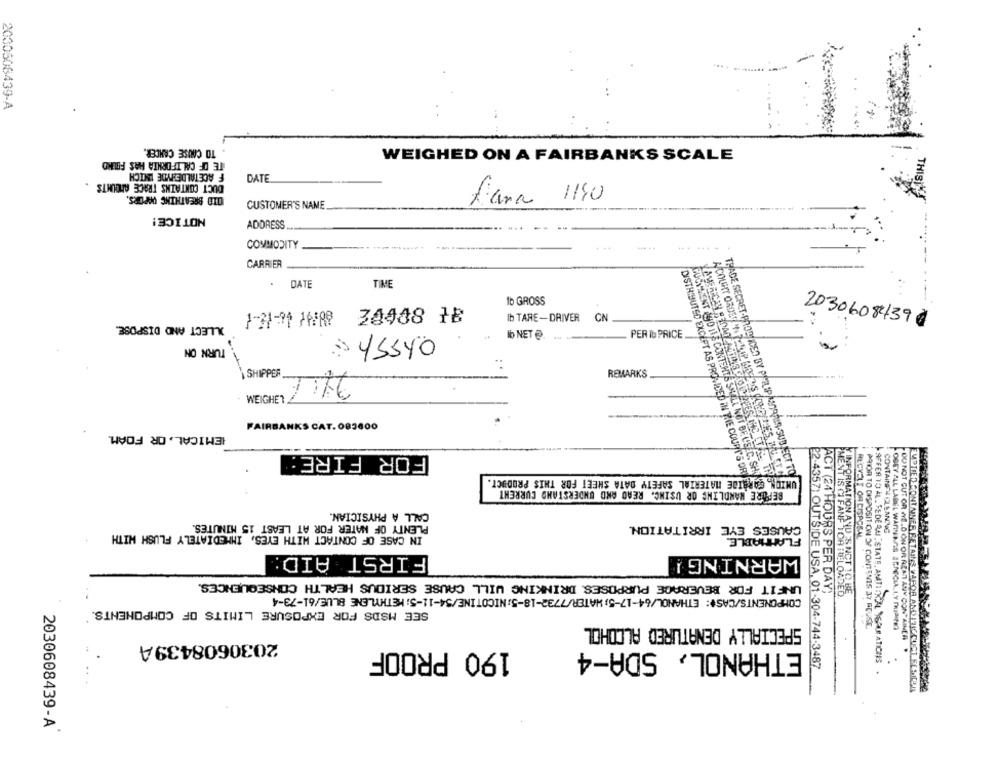
2030508439-A
TO CAUSE CANCER.
TE OF CALIFORNIA HAS FOUND
WEIGHED ON A FAIRBANKS SCALE
F ACETALDEHYDE TNICH
03/1
DUCT CONTAINS TRACE AMOUNTS
DATE
OTO BREATHING DAPORS.
THISIN
CUSTOMER'S NAME
fiana
NOTICE!
ADDRESS
COMMODITY
CARRIER
--
DATE
TIME
1b GROSS
ILLECT AND DISPOSE.
Ib TARE -DRIVER
CN
20306084390
Ib NET .
PER Ib PRICE
TURN ON
·YSSYO
2416
REMARKS
SHIPPER
WEIGHET
EMICAL, OR FOAM.
FAIRBANKS CAT.083600
FOR FIRE:
DISTRIBUTED EXCEPT AS PROVIDED IN THE COURT'S ORY
UNION CARBIDE MATERIAL SAFETY DATA SHEET FOR THIS PRODUCT.
TRADE SECRET-PRODUCED BY PMELIPALMORRIS-SUBJECT TO
FUCHSMENT AND ITS CONTENTS SHALL NOT BE USEC. SHOPS
BEFORE WANDLING OR USING, READ AND UNDERSTAND CURRENT
PRIOR TO DISE
CALL A PHYSICIAN.
PLENTY OF NATER FOR AT LEAST 15 MINUTES.
CAUSES EYE IRRITATION.
CONTAINEN CLEAN
ANE
RECYELE OR CISPO
IN CASE OF CONTACT WITH EYES, IMMEDIATELY FLUSH WITH
FLAMMABLE
FIRST AID:
WARNING !
UNFIT FOR BEVERAGE PURPOSES. DRINKING WILL CAUSE SERIOUS HEALTH CONSEQUENCES.
COMPONENTS/CAS#: ETHANOL/64-17-5;WATER/7732-18-5;NICOTINE/54-11-5; METHYLENE BLUE/61-73-4
ACT (24 HOURS PER DAY;
ICT TO BE
SEE MSDS FOR EXPOSURE LIMITS OF COMPONENTS.'
SPECIALLY DENATURED ALCOHOL
OSITION OF CONTENTS 37 FOURE.
OSEY ALL LABEL WARIN MAIS BRACCIALI,Y muJaINE)
2030608439A
190 PROOF
ETHANOL, SDA-4
OU NOT CUT OR ~E.D ON OR AZAT ANY CON AINEA
22.4357) OUTSIDE USA, 01-304-744-3487
AFFER TO AL. FEDE AU " STATE, AMITISCALISALATICHS .
2030608439-A